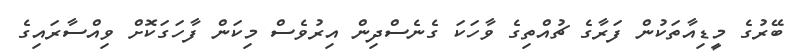
ބޭރުގެ މީޑިއާތަކުން ފަރާގެ ޗުއްތިގެ ވާހަކަ ގެނެސްދިން އިރުވެސް މިކަން ފާހަގަކޮށް ވިއްސާރައިގެ